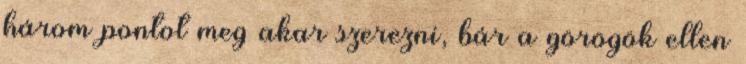
három pontot meg akar szerezni, bár a görögök ellen